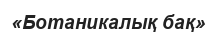
«Ботаникалық бақ»